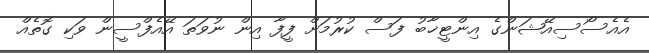
އެއެސޯސިއޭޝަންގެ އިންޓީޚާބު ފަސް ކުރުމަށް ފީފާ އިން ނުވަތަ އޭއެފްސީން ވަކި ގޮތެއް